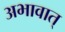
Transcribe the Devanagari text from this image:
अभावात्